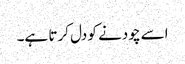
اسے چودنے کو دل کرتا ہے۔